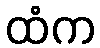
ထံက